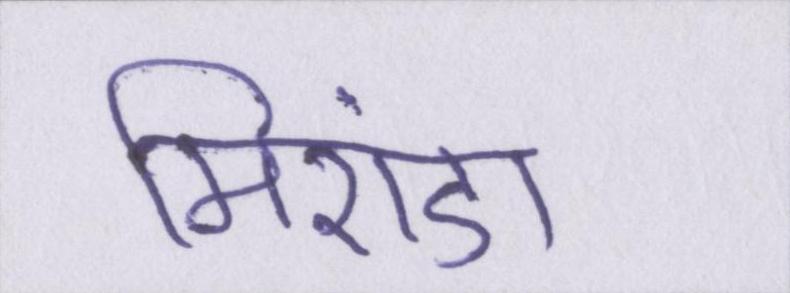
मिरांडा